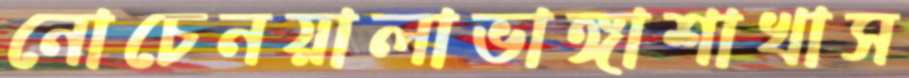
নোচেনয়ালাভাঙ্গাশাখাস